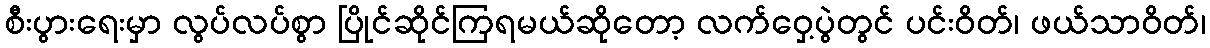
စီးပွားရေးမှာ လွပ်လပ်စွာ ပြိုင်ဆိုင်ကြရမယ်ဆိုတော့ လက်ဝှေ့ပွဲတွင် ပင်းဝိတ်၊ ဖယ်သာဝိတ်၊